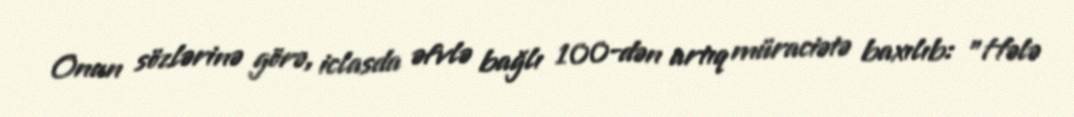
Onun sözlərinə görə, iclasda əfvlə bağlı 100-dən artıq müraciətə baxılıb: "Hələ